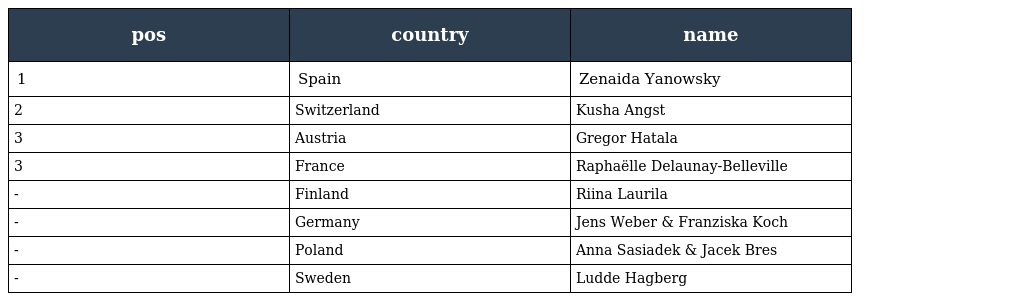
| pos | country | name |
 | --- | --- | --- |
 | 1 | Spain | Zenaida Yanowsky |
 | 2 | Switzerland | Kusha Angst |
 | 3 | Austria | Gregor Hatala |
 | 3 | France | Raphaëlle Delaunay-Belleville |
 | - | Finland | Riina Laurila |
 | - | Germany | Jens Weber & Franziska Koch |
 | - | Poland | Anna Sasiadek & Jacek Bres |
 | - | Sweden | Ludde Hagberg |